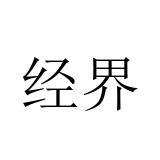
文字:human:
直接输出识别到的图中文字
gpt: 经界